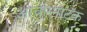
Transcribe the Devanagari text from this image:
आचारनाटक